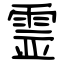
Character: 霊